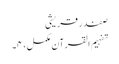
صفدر قریشی
تفہیم القرآن مکمل، ۴۔